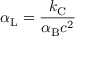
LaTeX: \alpha _ { \mathrm { { L } } } = { \frac { k _ { \mathrm { { C } } } } { \alpha _ { \mathrm { { B } } } c ^ { 2 } } }